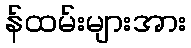
န်ထမ်းများအား